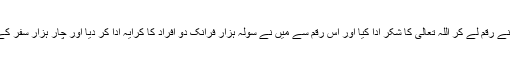
کہتے ہیں مَیں نے رقم لے کر اللہ تعالیٰ کا شکر ادا کیا اور اس رقم سے میں نے سولہ ہزار فرانک دو افراد کا کرایہ ادا کر دیا اور چار ہزار سفر کے لئے رکھ لیا۔